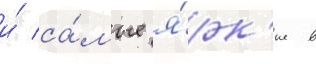
и́ са́мые я́рк'ие в